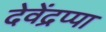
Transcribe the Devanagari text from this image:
देवेंद्रप्पा